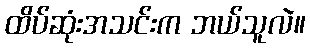
ထိပ်ဆုံးအသင်းက ဘယ်သူလဲ။